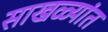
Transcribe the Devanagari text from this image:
साखळ्यांत